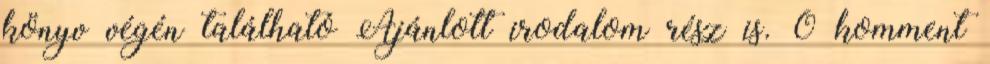
könyv végén található Ajánlott irodalom rész is. 0 komment